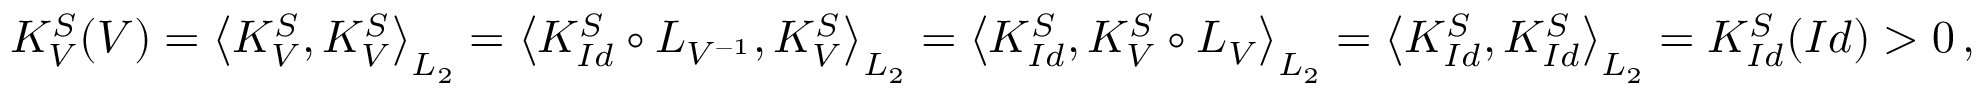
\begin{array} { r } { K _ { V } ^ { S } ( V ) = \big \langle K _ { V } ^ { S } , K _ { V } ^ { S } \big \rangle _ { L _ { 2 } } = \big \langle K _ { I d } ^ { S } \circ L _ { V ^ { - 1 } } , K _ { V } ^ { S } \big \rangle _ { L _ { 2 } } = \big \langle K _ { I d } ^ { S } , K _ { V } ^ { S } \circ L _ { V } \big \rangle _ { L _ { 2 } } = \big \langle K _ { I d } ^ { S } , K _ { I d } ^ { S } \big \rangle _ { L _ { 2 } } = K _ { I d } ^ { S } ( I d ) > 0 \, , } \end{array}